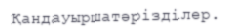
Қандауыршатәрізділер.